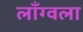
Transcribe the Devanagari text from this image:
लाँग्वला